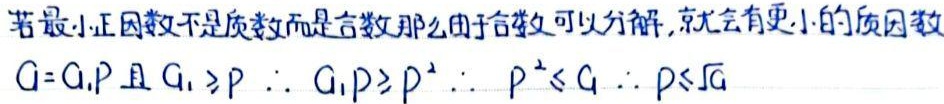
若最小正因数不是质数而是合数那么由于合数可以分解,就会有更小的质因数
$G = G_1P$且$G_1 \geqslant P$ $\therefore G_1P \geqslant P^{2}$ $\therefore P^{2} \leqslant G$ $\therefore P \leqslant \sqrt{G}$